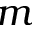
m